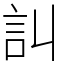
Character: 訆